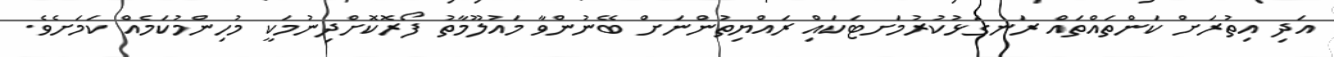
އަދި އިތުރަށް ކަންތައްްތައް ރަނގަޅުކުރުމަށޓަކައިް ރައްޔިތުންނަށް ބޭނުންވާ މައުލޫމާތު ފޯރޮކޮށްދިނުމަކީ މުހިންމުކަމެއް ކަމަށެވެ.